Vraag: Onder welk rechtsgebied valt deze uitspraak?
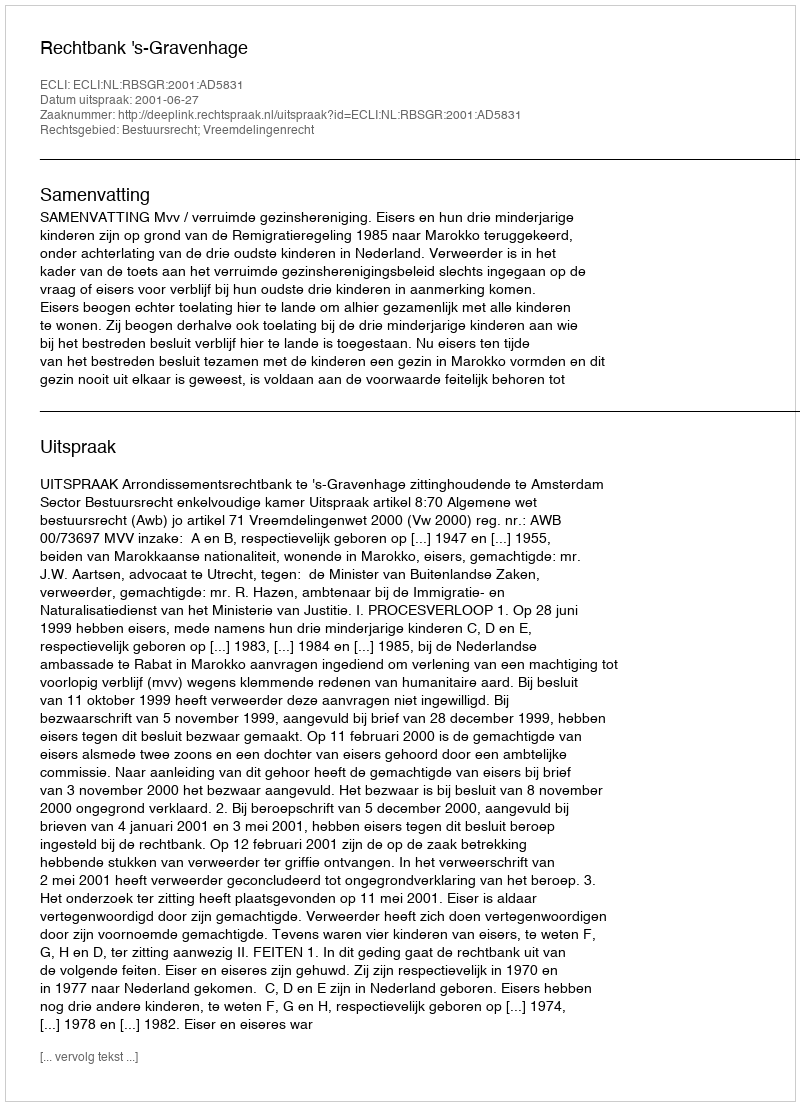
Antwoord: Bestuursrecht; Vreemdelingenrecht